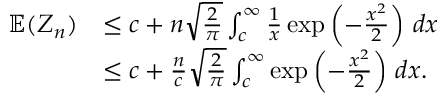
\begin{array} { r l } { \mathbb { E } ( Z _ { n } ) } & { \leq c + n \sqrt { \frac { 2 } { \pi } } \int _ { c } ^ { \infty } \frac { 1 } { x } \exp \left( - \frac { x ^ { 2 } } { 2 } \right) \, d x } \\ & { \leq c + \frac { n } { c } \sqrt { \frac { 2 } { \pi } } \int _ { c } ^ { \infty } \exp \left( - \frac { x ^ { 2 } } { 2 } \right) \, d x . } \end{array}